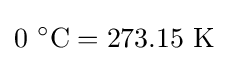
0~^{\circ }\mathrm {C} =273.15~\mathrm {K}